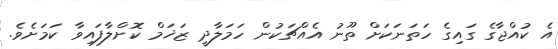
އެ ކުއްޖާގެ ގައިގެ ހަތަނަކަށް ތޫނު އެއްޗަކުން ހަމަލާދީ ޒަޚަމް ކޮށްލާފައިވާ ކަމަށެވެ.